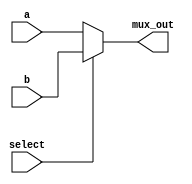
`timescale 1ns/1ns

module mux2to1(a, b, select, mux_out);
  input[23:0] a, b;
  input select;
  output[23:0] mux_out;

  assign mux_out = select ? b : a;
endmodule